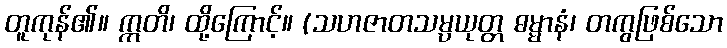
တူကုန်၏။ ဣတိ၊ ထို့ကြောင့်။ (သဟဇာတသမ္ပယုတ္တ ဓမ္မာနံ၊ တကွဖြစ်သော